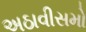
અઠાવીસમો